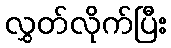
လွှတ်လိုက်ပြီး